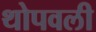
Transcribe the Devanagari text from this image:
थोपवली